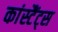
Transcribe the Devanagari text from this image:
कांस्टैंट्स